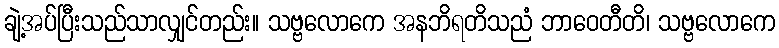
ချဲ့အပ်ပြီးသည်သာလျှင်တည်း။ သဗ္ဗလောကေ အနဘိရတိသညံ ဘာဝေတီတိ၊ သဗ္ဗလောကေ